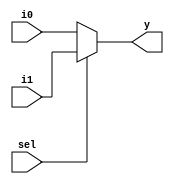
module mux_2_1(input sel,i0,i1,output y);
  assign y=sel?i1:i0;
endmodule

module mux_3_1(input sel0,sel1,i0,i1,i2,i3,output y);
  wire y0;
  
  mux_2_1 mux(sel0,i0,i1,y0);
  mux_2_1 mux1(sel1,y0,i2,y);
endmodule